Scottish Leaving Certificate Examination, 1955
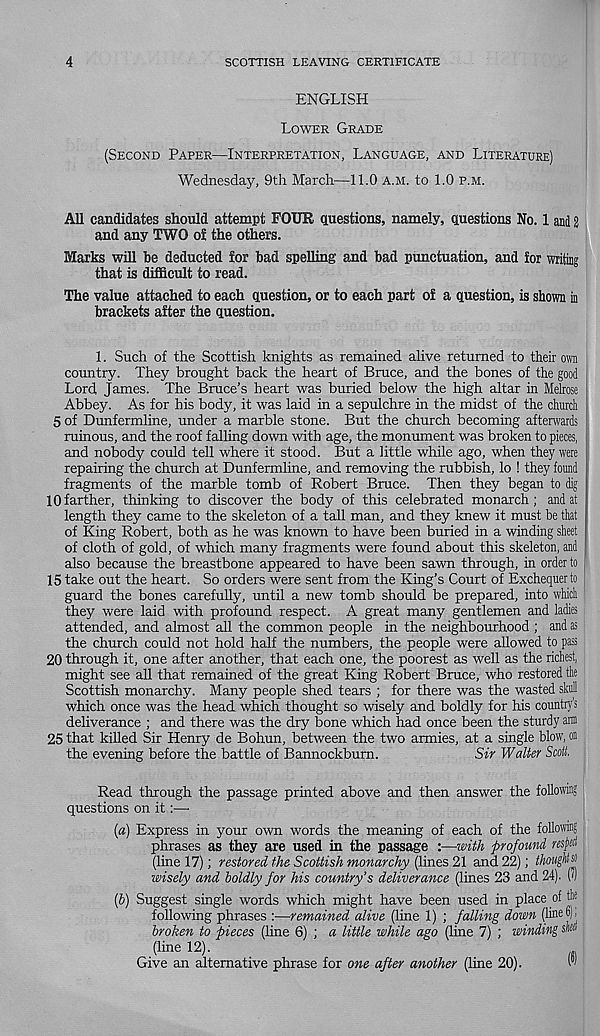
4
SCOTTISH LEAVING CERTIFICATE
ENGLISH
LOWER GRADE
(SECOND PAPER—INTERPRETATION, LANGUAGE, AND LITERATURE)
Wednesday, 9th March—11.0 A.M. to 1.0 P.M.
All candidates should attempt FOUR questions, namely, questions No. 1 and 2
and any TWO oi the others.
Marks will be deducted for bad spelling and bad punctuation, and for writing
that is difficult to read.
The value attached to each question, or to each part of a question, is shown in
brackets after the question.
1. Such of the Scottish knights as remained alive returned to their own
country. They brought back the heart of Bruce, and the bones of the good
Lord James. The Bruce’s heart was buried below the high altar in Melrose
Abbey. As for his body, it was laid in a sepulchre in the midst of the church
5 of Dunfermline, under a marble stone. But the church becoming afterwards
ruinous, and the roof falling down with age, the monument was broken to pieces,
and nobody could tell where it stood. But a little while ago, when they were
repairing the church at Dunfermline, and removing the rubbish, lo ! they found
fragments of the marble tomb of Robert Bruce. Then they began to dig
10 farther, thinking to discover the body of this celebrated monarch; and at
length they came to the skeleton of a tall man, and they knew it must be that
of King Robert, both as he was known to have been buried in a winding sheet
of cloth of gold, of which many fragments were found about this skeleton, and
also because the breastbone appeared to have been sawn through, in order to
15 take out the heart. So orders were sent from the King’s Court of Exchequer to j
guard the bones carefully, until a new tomb should be prepared, into which
they were laid with profound respect. A great many gentlemen and ladies
attended, and almost all the common people in the neighbourhood ; and as
the church could not hold half the numbers, the people were allowed to pass
20 through it, one after another, that each one, the poorest as well as the richest,
might see all that remained of the great King Robert Bruce, who restored the
Scottish monarchy. Many people shed tears ; for there was the wasted ski
which once was the head, which thought so wisely and boldly for his country's
deliverance ; and there was the dry bone which had once been the sturdy am
25 that killed Sir Henry de Bohun, between the two armies, at a single blow, on
the evening before the battle of Bannockburn.
Sir Walter Scott.
Read through the passage printed above and then answer the following
questions on it:—•
(a) Express in your own words the meaning of each of the following
phrases as they are used in the passage :—with profound respect
(line 17); restored the Scottish monarchy (lines 21 and 22); thoughts
wisely and boldly for his country's deliverance (lines 23 and 24). (")
(&) Suggest single words which might have been used in place of tie
following phrases :—remained alive (line 1) ; falling down (line 6) ,
broken to pieces (line 6) ; a little while ago (line 7) ; winding skit
(line 12).
Give an alternative phrase for one after another (line 20).
w